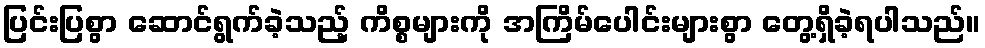
ပြင်းပြစွာ ဆောင်ရွက်ခဲ့သည့် ကိစ္စများကို အကြိမ်ပေါင်းများစွာ တွေ့ရှိခဲ့ရပါသည်။